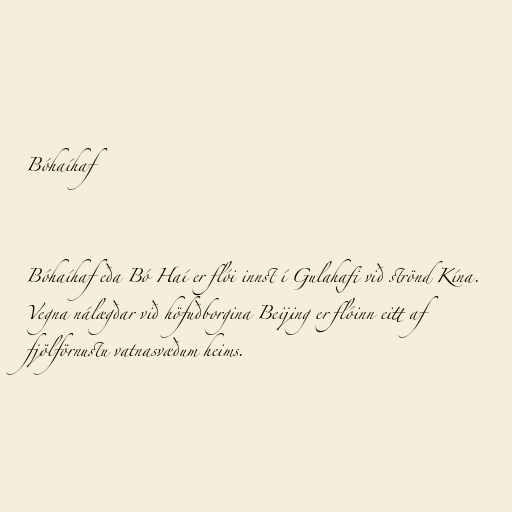
Bóhaíhaf

Bóhaíhaf eða Bó Haí er flói innst í Gulahafi við strönd Kína.
Vegna nálægðar við höfuðborgina Beijing er flóinn eitt af
fjölförnustu vatnasvæðum heims.